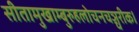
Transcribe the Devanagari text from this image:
सीतामुखाम्बुरुहलोचनचञ्चरीक।